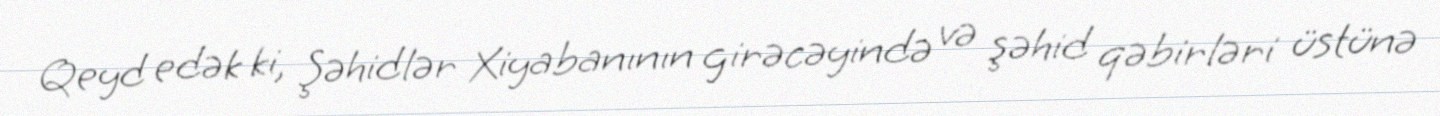
Qeyd edək ki, Şəhidlər Xiyabanının girəcəyində və şəhid qəbirləri üstünə